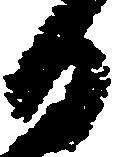
日